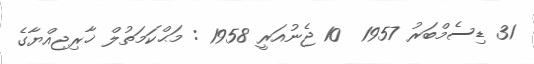
31 ޑިސެމްބަރު 1957  10 ޖެނުއަރީ 1958 : މަޙްކަމަތުލް ޚާރިޖިއްޔާގެ